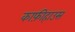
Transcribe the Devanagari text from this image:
काफ़ीहाउस